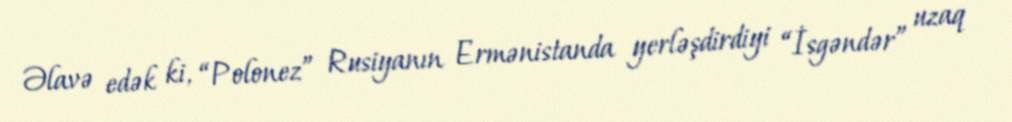
Əlavə edək ki, “Polonez” Rusiyanın Ermənistanda yerləşdirdiyi “İsgəndər” uzaq